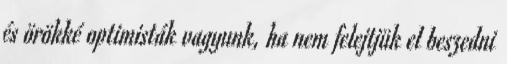
és örökké optimisták vagyunk, ha nem felejtjük el beszedni